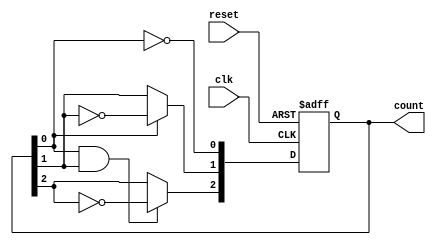
module async_counter (
    input wire clk,          // Clock input
    input wire reset,        // Asynchronous reset
    output reg [N-1:0] count // N-bit binary count output
);
    parameter N = 3; // Number of bits (3 flip-flops for counting 0 to 7)

    // Flip-flops for the counter
    reg [N-1:0] flip_flops;

    always @(posedge clk or posedge reset) begin
        if (reset) begin
            flip_flops <= 0; // Reset the counter to 0
        end else begin
            flip_flops[0] <= ~flip_flops[0]; // Toggle the least significant bit
            // Ripple effect for the remaining bits
            flip_flops[1] <= flip_flops[0] ? ~flip_flops[1] : flip_flops[1];
            flip_flops[2] <= (flip_flops[0] & flip_flops[1]) ? ~flip_flops[2] : flip_flops[2];
        end
    end

    // Assign the flip-flops to the count output
    assign count = flip_flops;

endmodule